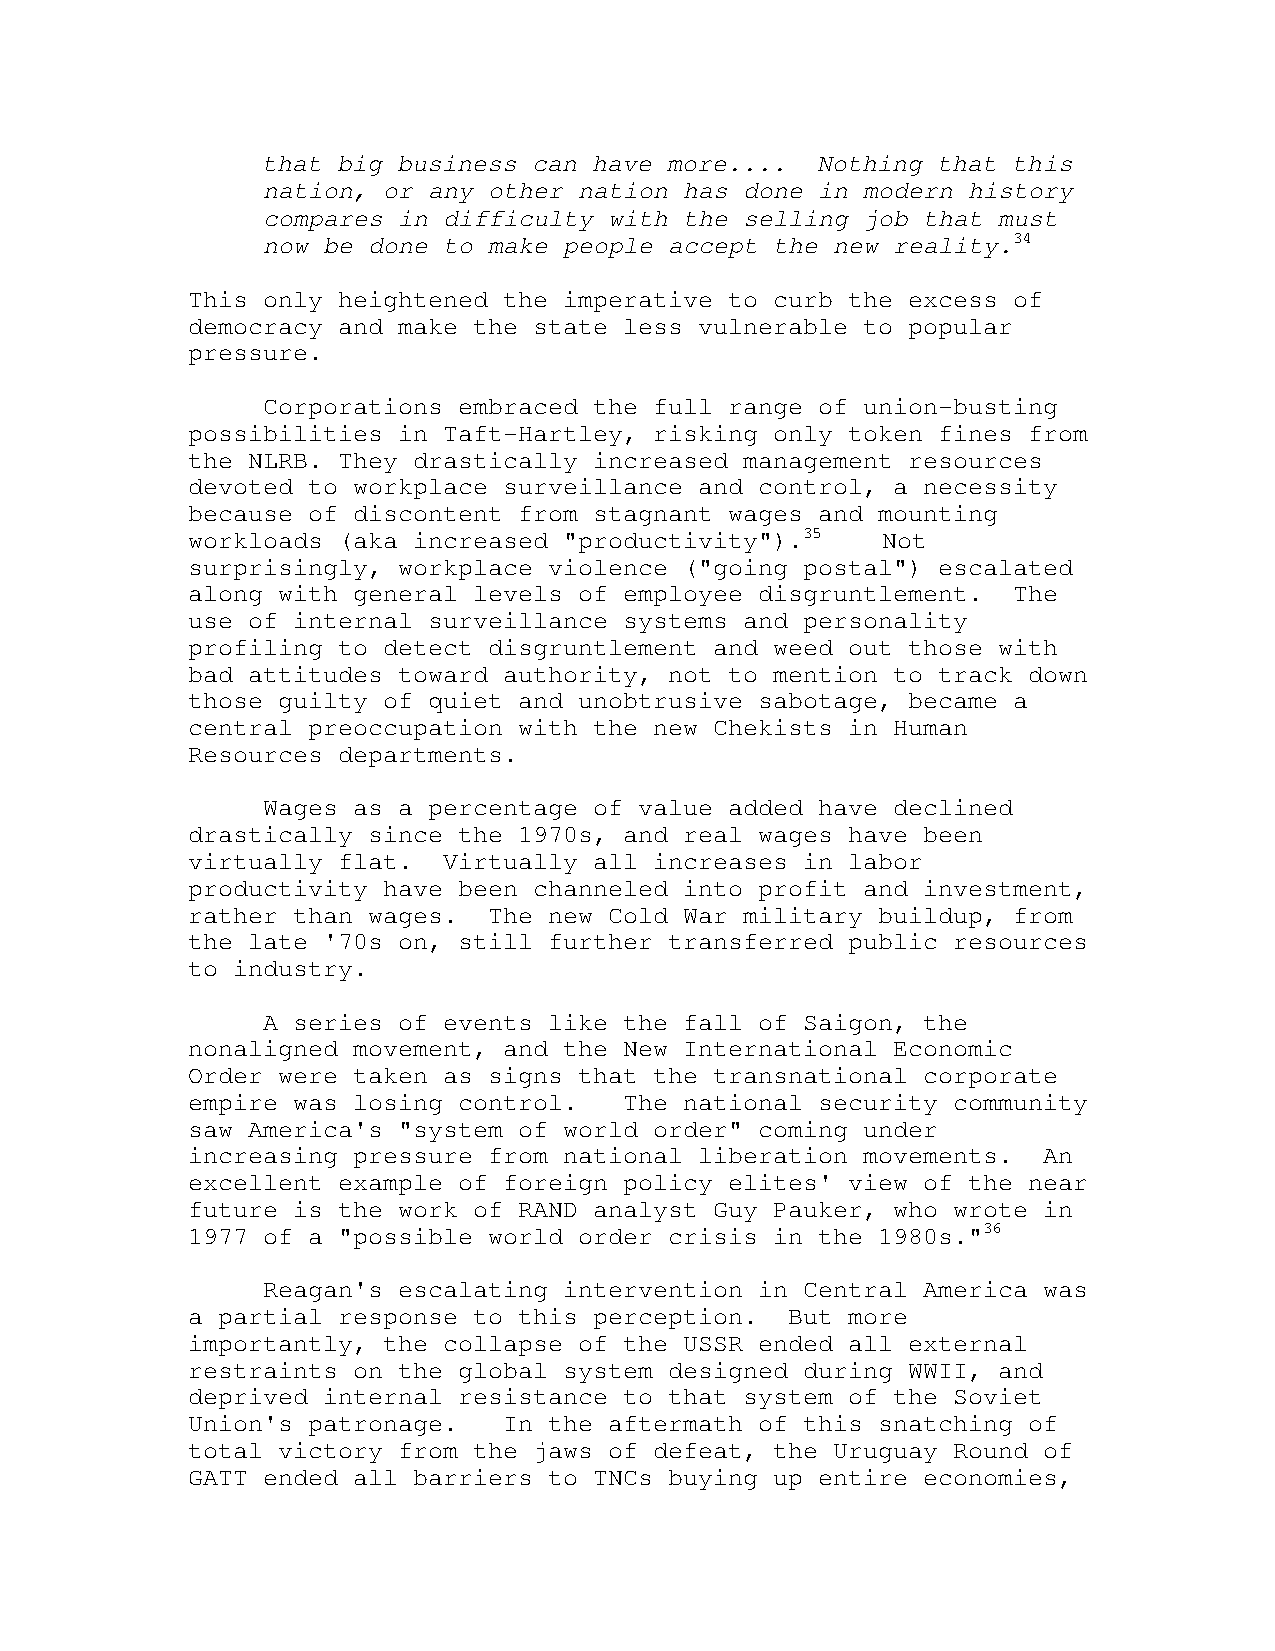
that big business can have more....  Nothing that this
 nation, or any other nation has done in modern history
 compares in difficulty with the selling job that must
 now be done to make people accept the new reality.34
 This only heightened the imperative to curb the excess of
 democracy and make the state less vulnerable to popular
 pressure.
 Corporations embraced the full range of union-busting
 possibilities in Taft-Hartley, risking only token fines from
 the NLRB. They drastically increased management resources
 devoted to workplace surveillance and control, a necessity
 because of discontent from stagnant wages and mounting
 workloads (aka increased "productivity").35   Not
 surprisingly, workplace violence ("going postal") escalated
 along with general levels of employee disgruntlement.  The
 use of internal surveillance systems and personality
 profiling to detect disgruntlement and weed out those with
 bad attitudes toward authority, not to mention to track down
 those guilty of quiet and unobtrusive sabotage, became a
 central preoccupation with the new Chekists in Human
 Resources departments.
 Wages as a percentage of value added have declined
 drastically since the 1970s, and real wages have been
 virtually flat.  Virtually all increases in labor
 productivity have been channeled into profit and investment,
 rather than wages.  The new Cold War military buildup, from
 the late '70s on, still further transferred public resources
 to industry.
 A series of events like the fall of Saigon, the
 nonaligned movement, and the New International Economic
 Order were taken as signs that the transnational corporate
 empire was losing control.   The national security community
 saw America's "system of world order" coming under
 increasing pressure from national liberation movements.  An
 excellent example of foreign policy elites' view of the near
 future is the work of RAND analyst Guy Pauker, who wrote in
 1977 of a "possible world order crisis in the 1980s."36
 Reagan's escalating intervention in Central America was
 a partial response to this perception.  But more
 importantly, the collapse of the USSR ended all external
 restraints on the global system designed during WWII, and
 deprived internal resistance to that system of the Soviet
 Union's patronage.   In the aftermath of this snatching of
 total victory from the jaws of defeat, the Uruguay Round of
 GATT ended all barriers to TNCs buying up entire economies,